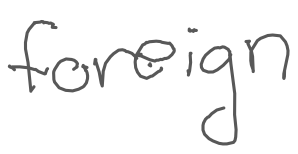
Text: foreign
Cross-out: clean
Writing tool: digital_gray